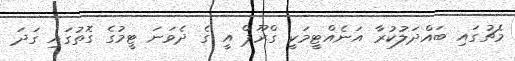
މެޗުގައި ބައްދަލުކުރާ އަނެއްޓީމަކީ ގްރޫޕް އީ ގެ ދެވަނަ ޓީމުގެ ގޮތުގައި ގަދަ